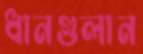
ধানগুলান